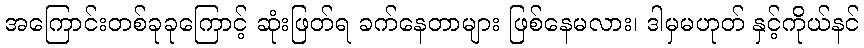
အကြောင်းတစ်ခုခုကြောင့် ဆုံးဖြတ်ရ ခက်နေတာများ ဖြစ်နေမလား၊ ဒါမှမဟုတ် နှင့်ကိုယ်နင်